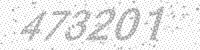
Solution: 473201